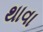
થાવા